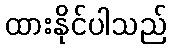
ထားနိုင်ပါသည်